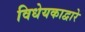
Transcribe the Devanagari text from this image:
विधेयकाद्वारे